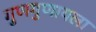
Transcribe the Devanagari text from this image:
गुणगुणायला